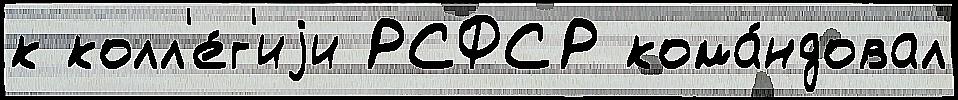
к колл'е́г'иjи РСФСР кома́ндовал